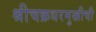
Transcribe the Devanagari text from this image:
श्रीचक्रधरमुखीची